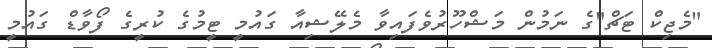
"މެޖިކް ޓަޗް"ގެ ނަމުން މަޝްހޫރުވެފައިވާ މެލޭޝިއާ ގައުމީ ޓީމުގެ ކުރީގެ ފޯވާޑް ގައުމީ